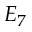
E _ { 7 }